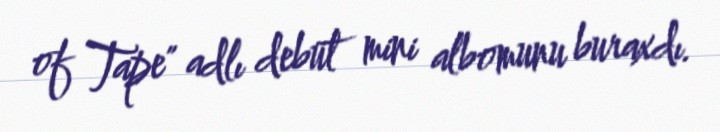
of Tape" adlı debüt mini albomunu buraxdı.